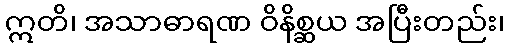
ဣတိ၊ အသာဓာရဏ ဝိနိစ္ဆယ အပြီးတည်း၊